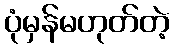
ပုံမှန်မဟုတ်တဲ့